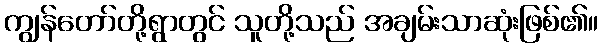
ကျွန်တော်တို့ရွာတွင် သူတို့သည် အချမ်းသာဆုံးဖြစ်၏။